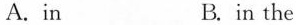
A.in B. in the